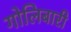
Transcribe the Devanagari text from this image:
गोलिबारी